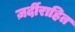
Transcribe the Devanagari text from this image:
ज़र्दीराहित